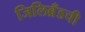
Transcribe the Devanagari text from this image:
जिलिब्रँडची